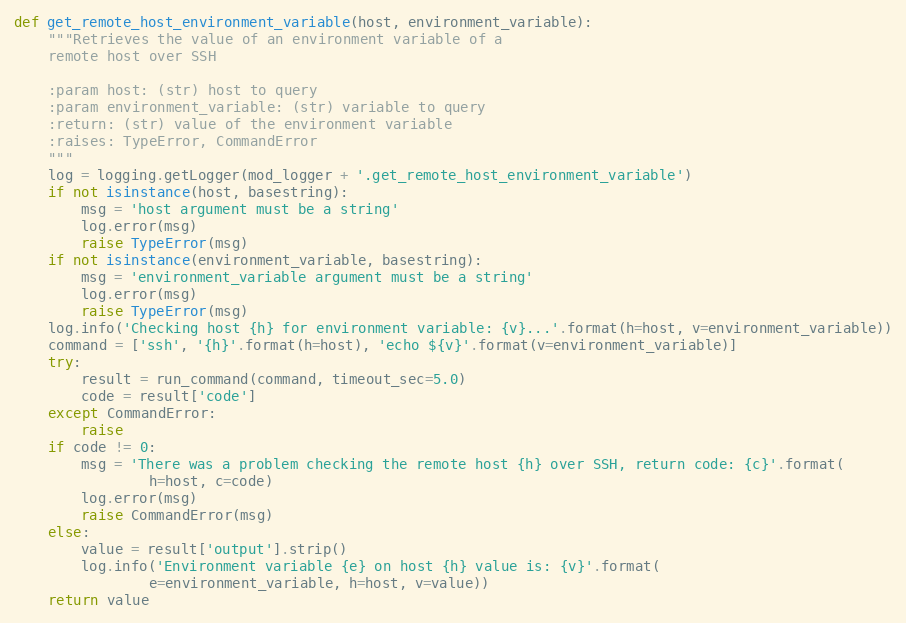
Language: Python
def get_remote_host_environment_variable(host, environment_variable):
    """Retrieves the value of an environment variable of a
    remote host over SSH

    :param host: (str) host to query
    :param environment_variable: (str) variable to query
    :return: (str) value of the environment variable
    :raises: TypeError, CommandError
    """
    log = logging.getLogger(mod_logger + '.get_remote_host_environment_variable')
    if not isinstance(host, basestring):
        msg = 'host argument must be a string'
        log.error(msg)
        raise TypeError(msg)
    if not isinstance(environment_variable, basestring):
        msg = 'environment_variable argument must be a string'
        log.error(msg)
        raise TypeError(msg)
    log.info('Checking host {h} for environment variable: {v}...'.format(h=host, v=environment_variable))
    command = ['ssh', '{h}'.format(h=host), 'echo ${v}'.format(v=environment_variable)]
    try:
        result = run_command(command, timeout_sec=5.0)
        code = result['code']
    except CommandError:
        raise
    if code != 0:
        msg = 'There was a problem checking the remote host {h} over SSH, return code: {c}'.format(
                h=host, c=code)
        log.error(msg)
        raise CommandError(msg)
    else:
        value = result['output'].strip()
        log.info('Environment variable {e} on host {h} value is: {v}'.format(
                e=environment_variable, h=host, v=value))
    return value